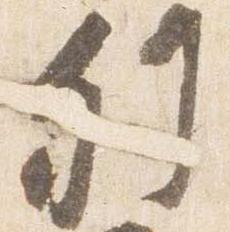
列